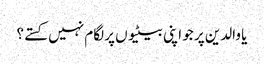
یا والدین پر جو اپنی بیٹیوں پر لگام نہیں کستے؟